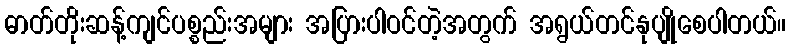
ဓာတ်တိုးဆန့်ကျင်ပစ္စည်းအများ အပြားပါဝင်တဲ့အတွက် အရွယ်တင်နုပျိုစေပါတယ်။